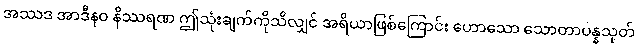
အဿဒ အာဒီနဝ နိဿရဏ ဤသုံးချက်ကိုသိလျှင် အရိယာဖြစ်ကြောင်း ဟောသော သောတာပန္နသုတ်